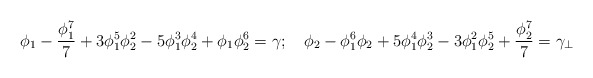
\begin{align*}\phi_1-\frac{\phi_1^7}{7}+3 \phi_1^5 \phi_2^2- 5 \phi_1^3 \phi_2^4+ \phi_1 \phi_2^6=\gamma;\hspace{0.4cm} \phi_2 - \phi_1^6 \phi_2 +5 \phi_1^4 \phi_2^3 -3\phi_1^2 \phi_2^5+\frac{\phi_2^7}{7} =\gamma_\perp\end{align*}